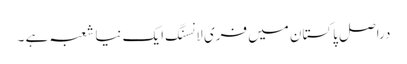
دراصل پاکستان میں فری لانسنگ ایک نیا شعبہ ہے ۔